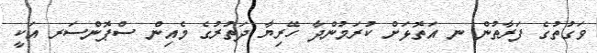
ވަގުތުގެ ފަރާތުން ނ އަތޮޅަށް ކުރަމުންދާ ހޭރިޔާ ދަތުރުގެ މެއިން ސްޕޮންސަރ އަކީ